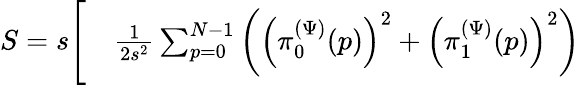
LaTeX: \begin{array}{rl}{S=s\Biggl[}&{{}\frac{1}{2s^{2}}\sum_{p=0}^{N-1}\left(\left(\pi_{0}^{(\Psi)}(p)\right)^{2}+\left(\pi_{1}^{(\Psi)}(p)\right)^{2}\right)}\end{array}